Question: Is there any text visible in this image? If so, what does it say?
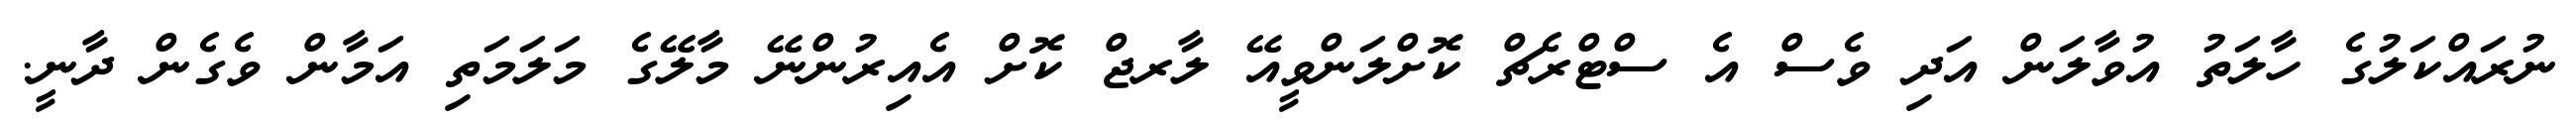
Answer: ނުރައްކަލުގެ ހާލަތު އުވާލަން އަދި ވެސް އެ ސްޓްރެޗް ކޮށްލަންވީއޭ ލާރޖް ކޮށް އެއިރުންނޭ މާލޭގެ މަލަމަތި އަމާން ވެގެން ދާނީ.